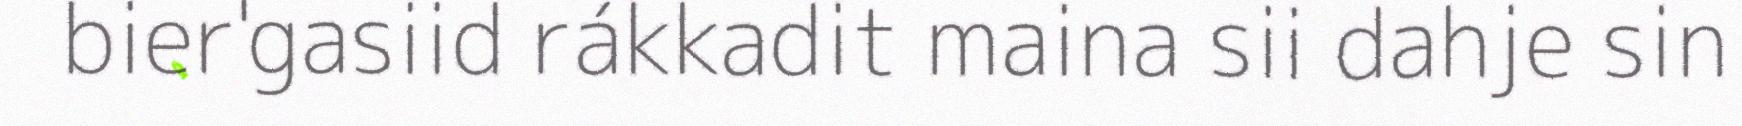
bier'gasiid rákkadit maina sii dahje sin